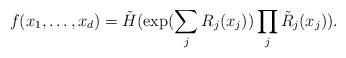
LaTeX: \begin{align*}f(x_1,\dots,x_d)=\tilde{H}(\exp(\sum_j R_j(x_j))\prod_j\tilde{R}_j(x_j)).\end{align*}